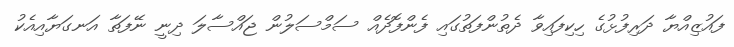
ފައުޒިއްޔާ ދަރިފުޅުގެ ހިކިފައިވާ ދެތުންފަތުގައި ފެންފޮދެއް ސަމްސަލުން ޖައްސާލަ ދިނީ ނޭފަތާ އަނގަޔާއިއެކު